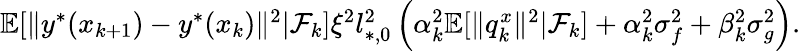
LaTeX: \begin{array}{r}{\mathbb{E}[\| y^{*}(x_{k+1})-y^{*}(x_{k})\| ^{2}|\mathcal{F}_{k}]\le\xi^{2}l_{*,0}^{2}\left(\alpha_{k}^{2}\mathbb{E}[\| q_{k}^{x}\| ^{2}|\mathcal{F}_{k}]+\alpha_{k}^{2}\sigma_{f}^{2}+\beta_{k}^{2}\sigma_{g}^{2}\right).}\end{array}